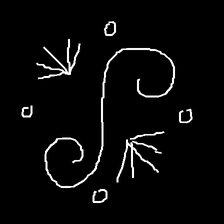
Glyph: aeroform